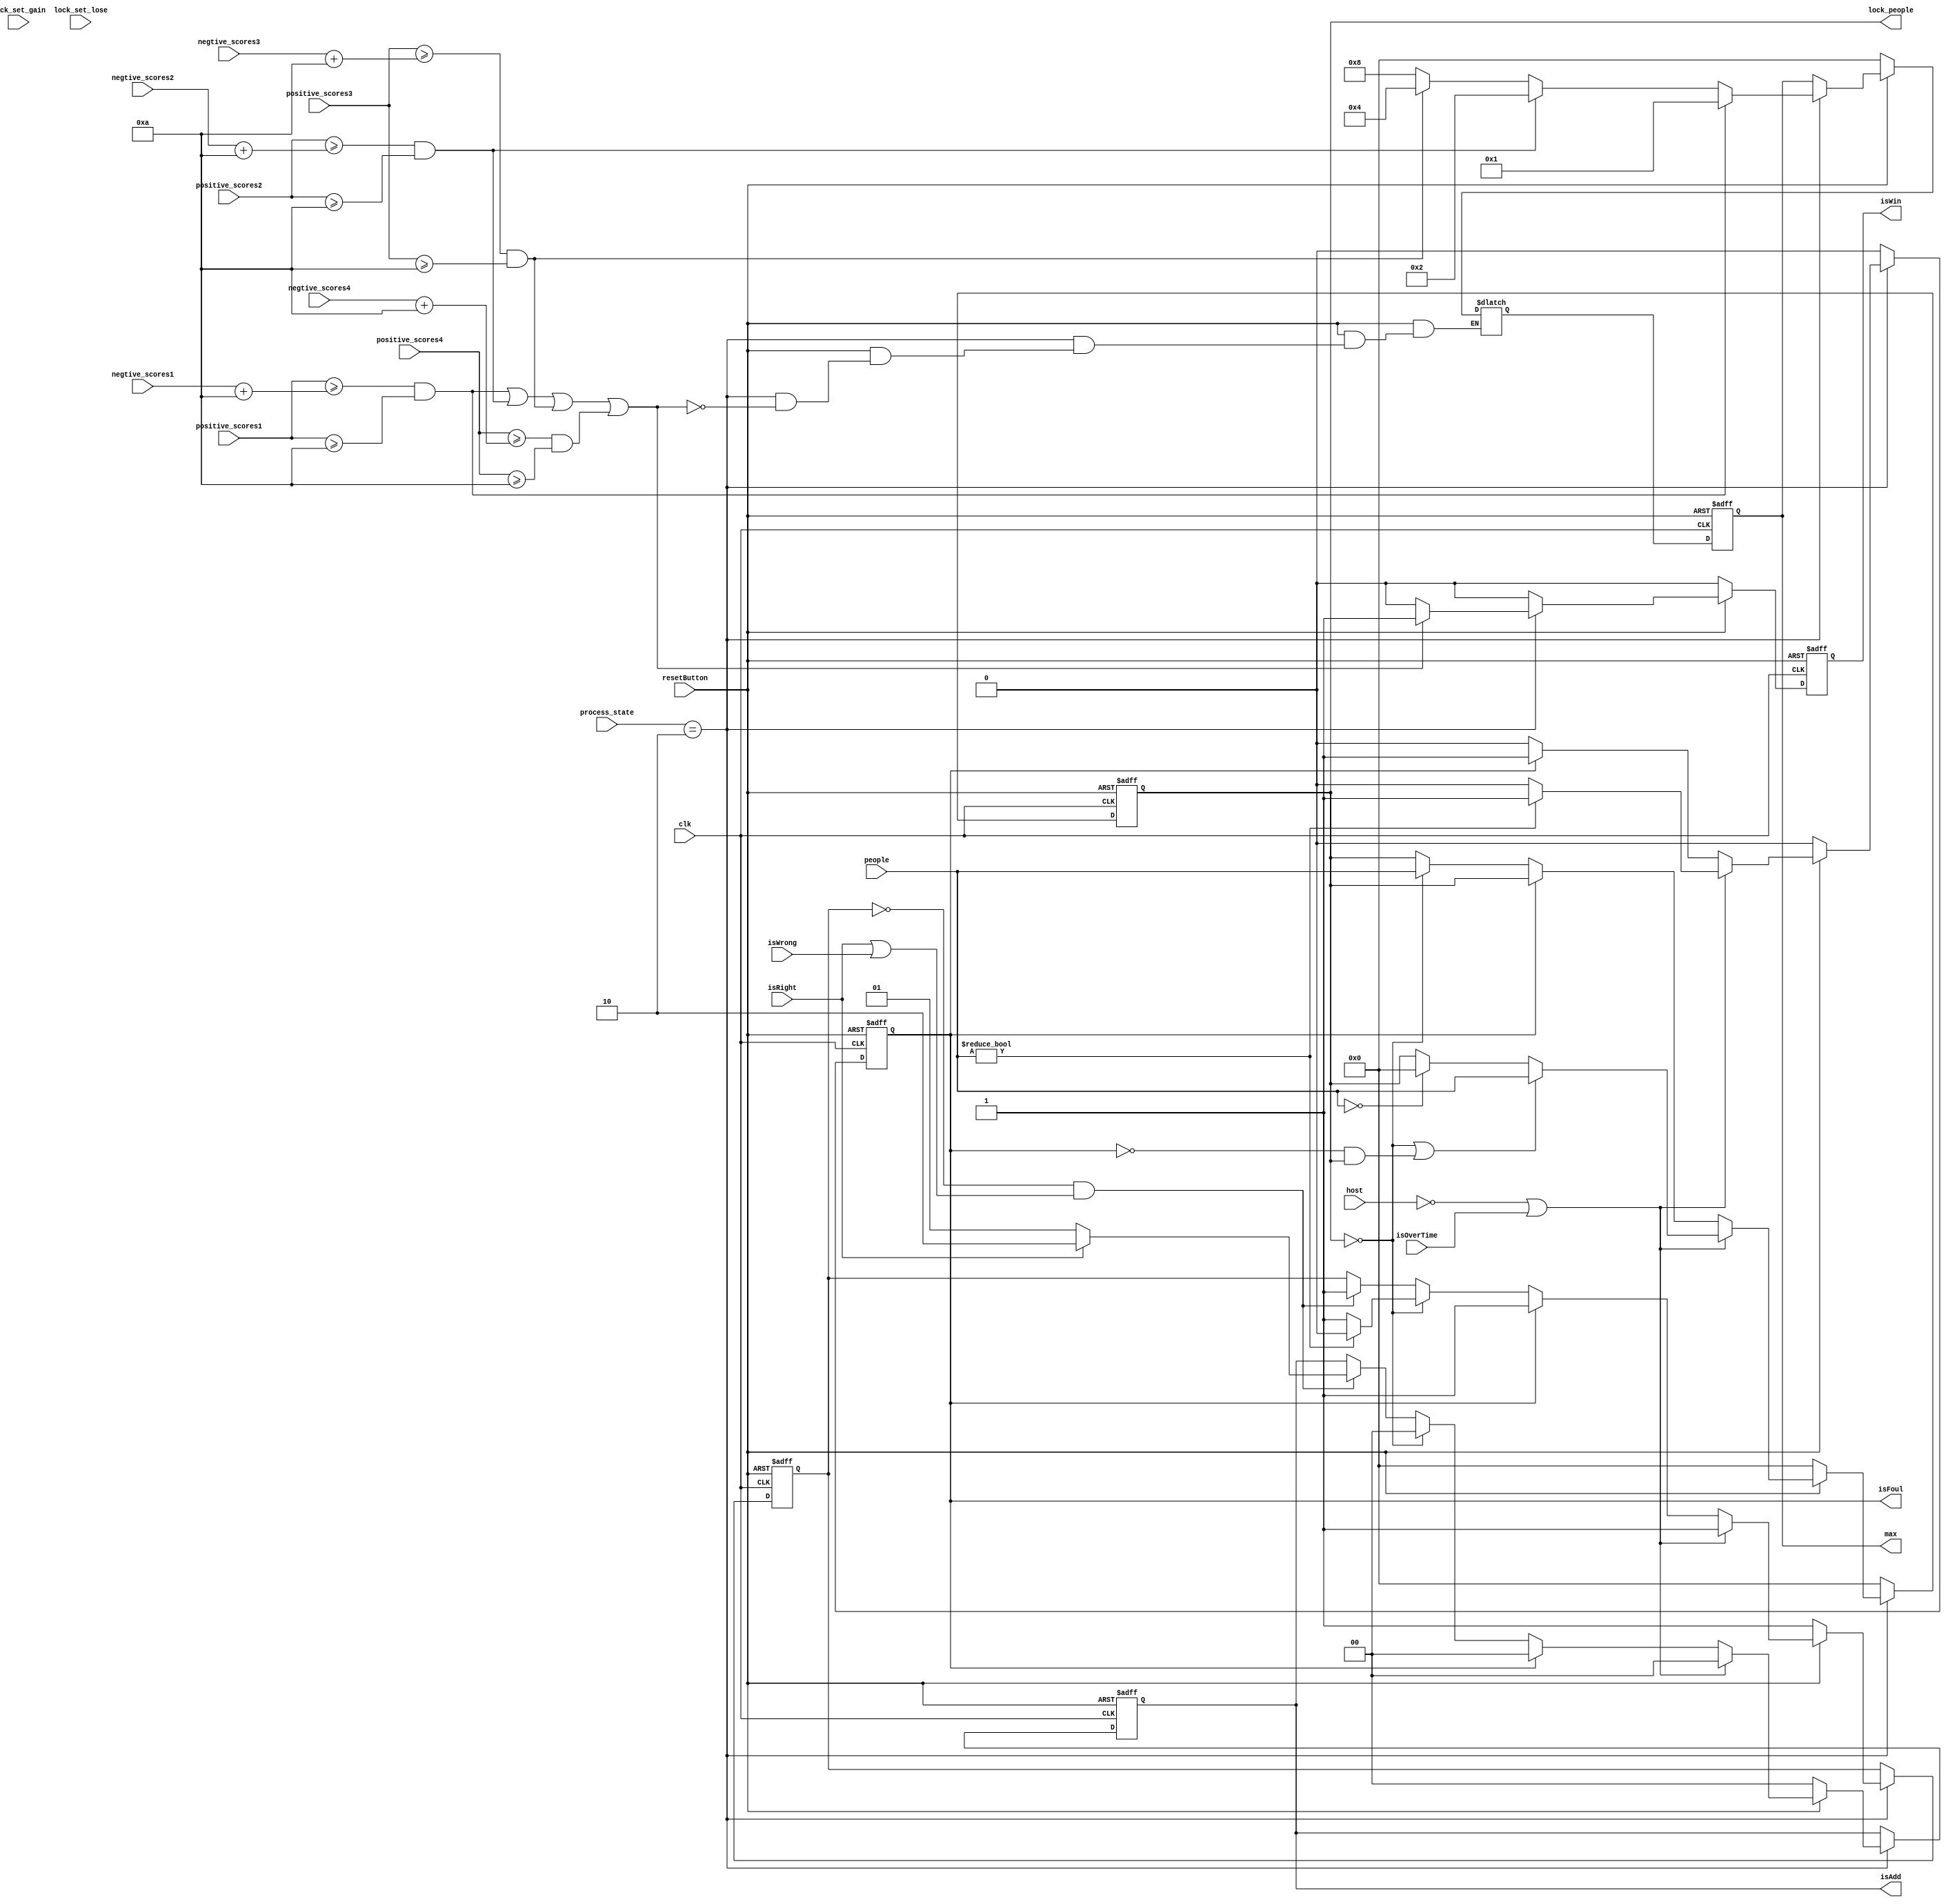
`timescale 1ns / 1ps
//////////////////////////////////////////////////////////////////////////////////
// Company: 
// Engineer: 
// 
// Design Name: 
// Module Name: BeginState
// Project Name: 
// Target Devices: 
// Tool Versions: 
// Description: 
// 
// Dependencies: 
// 
// Revision:
// Additional Comments:
// 
//////////////////////////////////////////////////////////////////////////////////

/*

*/

module BeginState(
   input clk,
   input resetButton,
   input [2:0]process_state,
   input isOverTime,
   input[3:0] people,
   input[3:0]lock_set_gain, input[3:0]lock_set_lose,
   input host, input isRight, input isWrong,
   
   input[7:0] positive_scores1, input[7:0]positive_scores2, input[7:0]positive_scores3, input[7:0]positive_scores4,
   input[7:0]negtive_scores1, input[7:0]negtive_scores2, input[7:0]negtive_scores3, input[7:0]negtive_scores4,
   
   output reg[3:0]lock_people,
   output reg isWin,output reg isFoul,output reg[1:0] isAdd,
   output reg[3:0] max
   );
   
   reg isScoresChange;//
   reg next_isScoresChange, next_isFoul;
   reg [3:0]next_lock_people;
   reg next_isWin;
   reg [1:0]next_isAdd;
   reg[3:0]next_max;
   wire clk_out;
   
   
   //D
   always@(posedge clk,negedge resetButton)
   begin
      if(!resetButton)
      begin
         lock_people <= 4'b0000;
         isFoul <= 1'b0;
         max <= 4'b0000;
         isWin<=0;
         isScoresChange<=0;
         isAdd <= 0;
      end 
      else if(process_state == 3'b010)
      begin
         isAdd <= next_isAdd;isScoresChange<=next_isScoresChange;
         lock_people <= next_lock_people;
         isFoul <= next_isFoul;
         isWin <= next_isWin;
         max<=next_max;
      end
      else begin
          lock_people <= 0;
          isFoul <= 0;
          isWin <= next_isWin;
          max<=next_max;
      end
   end
    
    //
   always@(people,resetButton,isScoresChange,lock_people,isFoul,host,isRight,isWrong)
   begin
      //
      if(!resetButton)begin
         next_isWin = 0;next_lock_people=0;
         next_isFoul=0;
         next_isScoresChange = 1'b1;
         next_isAdd = 2'b00;
         next_max = 4'b0000;
      end
      //
      else if(process_state == 3'b010)
      begin
         if(!host||isOverTime)begin
              next_isWin = 0;
              next_isAdd = 2'b00;
              next_isFoul = people?1'b1:1'b0;
              next_isScoresChange = 1'b1;
              if(!lock_people||(!isFoul&&lock_people))//
                 next_lock_people = people;
              //
              else if(!people) next_lock_people = 4'b0000;
              else next_lock_people = lock_people;
         end    
         else begin
            next_isWin = 0;
            if(isFoul)begin//
               next_isFoul = 1'b1;
               next_lock_people = lock_people;
               next_isScoresChange = 1'b1;
               next_isAdd = 2'b00;
            end
            else begin
               next_isFoul = 1'b0;
               if(!lock_people)begin //
                  next_lock_people = people;
                  next_isAdd = 0;
                  if(people) next_isScoresChange = 1'b0;
                  else next_isScoresChange = 1'b1;
               end
               else begin //
                  next_lock_people = lock_people;
                  if((!isScoresChange)&&(isRight||isWrong)) begin//
                     next_isScoresChange = 1'b1;
                     if(isRight)begin//
                        next_isAdd = 2'b10;
                     end
                     else begin//
                        next_isAdd = 2'b01;
                     end  
                  end
                  else begin 
                     next_isScoresChange = isScoresChange;
                     next_isAdd = isAdd;
                  end//
               end
            end
         end
         //
         if((positive_scores1>=negtive_scores1+10&&positive_scores1>=10)||
            (positive_scores2>=negtive_scores2+10&&positive_scores2>=10)||
            (positive_scores3>=negtive_scores3+10&&positive_scores3>=10)||
            (positive_scores4>=negtive_scores4+10&&positive_scores4>=10)) begin
               next_isWin = 1'b1;
               if((positive_scores1>=negtive_scores1+10&&positive_scores1>=10))next_max = 4'b0001;
               else if(positive_scores2>=negtive_scores2+10&&positive_scores2>=10)next_max = 4'b0010;
               else if(positive_scores3>=negtive_scores3+10&&positive_scores3>=10)next_max = 4'b0100;
               else next_max = 4'b1000;
            end
         else next_isWin = 0; 
      end
      //
      else begin
              next_isWin = 0;next_lock_people=0;
              next_isFoul=0;
              next_isScoresChange = 1'b1;
              next_isAdd = 2'b00;
              next_max = max;
      end
   end
endmodule